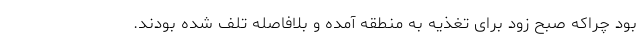
بود چراکه صبح زود برای تغذیه به منطقه آمده و بلافاصله تلف شده بودند.